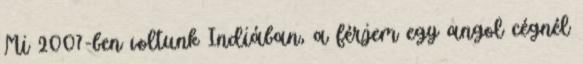
Mi 2007-ben voltunk Indiában, a férjem egy angol cégnél